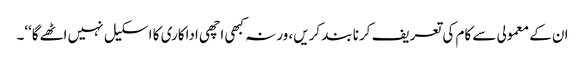
ان کے معمولی سے کام کی تعریف کرنا بند کریں، ورنہ کبھی اچھی اداکاری کا اسکیل نہیں اٹھےگا‘‘۔